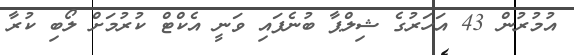
އުމުރުން 43 އަހަރުގެ ޝިލްޕާ ބުނެފައި ވަނީ އެކްޓް ކުރުމަށް ލޯބި ކުރާ